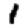
Digit: 1